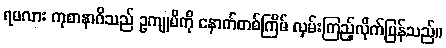
ရမလား ကုစာနာဂိသည် ဥကျုမိကို နောက်တစ်ကြိမ် လှမ်းကြည့်လိုက်ပြန်သည်။